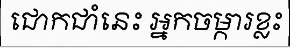
ជោកជាំនេះ អ្នកចម្ការខ្លះ